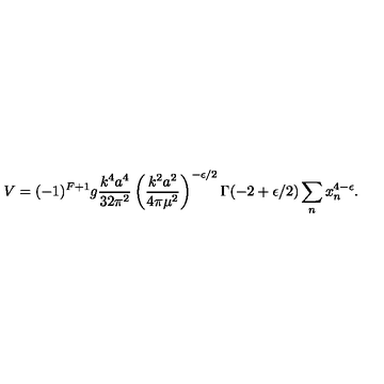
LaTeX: V = ( - 1 ) ^ { F + 1 } g { \frac { k ^ { 4 } a ^ { 4 } } { 3 2 \pi ^ { 2 } } } \left( { \frac { k ^ { 2 } a ^ { 2 } } { 4 \pi \mu ^ { 2 } } } \right) ^ { - \epsilon / 2 } \Gamma ( - 2 + \epsilon / 2 ) \sum _ { n } x _ { n } ^ { 4 - \epsilon } .